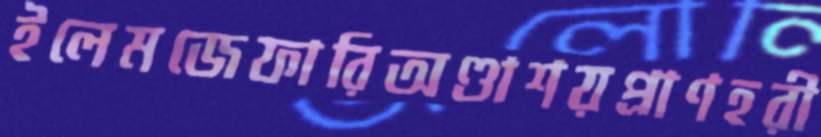
ইলেমজেফারিঅণ্ডাশয়প্রাণহরী